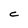
Character: C